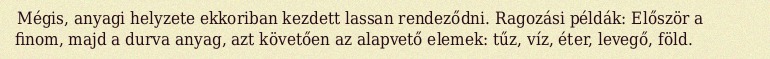
Mégis, anyagi helyzete ekkoriban kezdett lassan rendeződni. Ragozási példák: Először a finom, majd a durva anyag, azt követően az alapvető elemek: tűz, víz, éter, levegő, föld.